Indian journal of veterinary science and animal husbandry - Volume 10,
Year: 1940
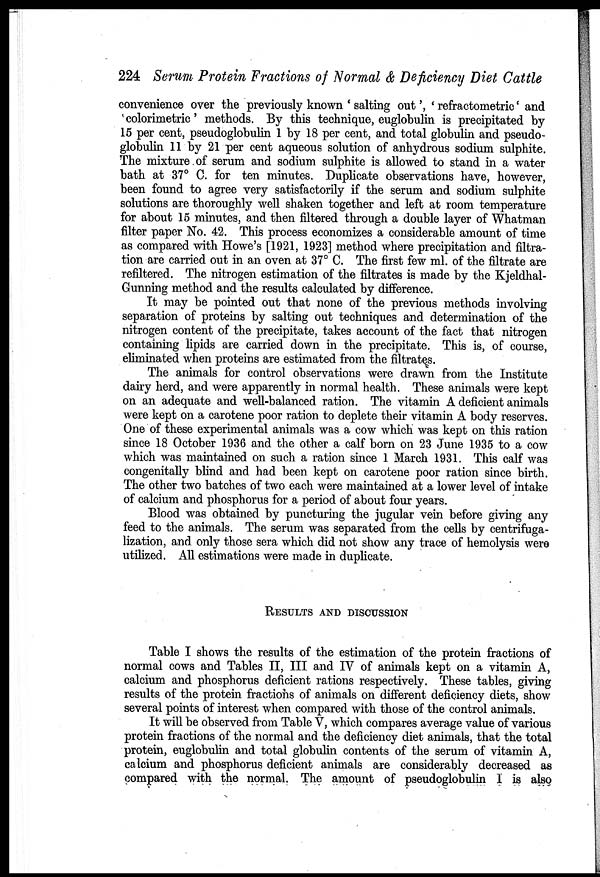
224 Serum Protein Fractions of Normal & Deficiency Diet Cattle
convenience over the previously known ' salting out', ' refractometric' and
colorimetric' methods. By this technique, euglobulin is precipitated by
15 per cent, pseudoglobulin 1 by 18 per cent, and total globulin and pseudo-
globulin 11 by 21 per cent aqueous solution of anhydrous sodium sulphite.
The mixture of serum and sodium sulphite is allowed to stand in a water
bath at 37° C. for ten minutes. Duplicate observations have, however,
been found to agree very satisfactorily if the serum and sodium sulphite
solutions are thoroughly well shaken together and left at room temperature
for about 15 minutes, and then filtered through a double layer of Whatman
filter paper No. 42. This process economizes a considerable amount of time
as compared with Howe's [1921, 1923] method where precipitation and filtra-
tion are carried out in an oven at 37° C. The first few ml. of the filtrate are
refiltered. The nitrogen estimation of the filtrates is made by the Kjeldhal¬
Gunning method and the results calculated by difference.
It may be pointed out that none of the previous methods involving
separation of proteins by salting out techniques and determination of the
nitrogen content of the precipitate, takes account of the fact that nitrogen
containing lipids are carried down in the precipitate. This is, of course,
eliminated when proteins are estimated from the filtrates.
The animals for control observations were drawn from the Institute
dairy herd, and were apparently in normal health. These animals were kept
on an adequate and well-balanced ration. The vitamin A deficient animals
were kept on a carotene poor ration to deplete their vitamin A body reserves.
One of these experimental animals was a cow which was kept on this ration
since 18 October 1936 and the other a calf born on 23 June 1935 to a cow
which was maintained on such a ration since 1 March 1931. This calf was
congenitally blind and had been kept on carotene poor ration since birth.
The other two batches of two each were maintained at a lower level of intake
of calcium and phosphorus for a period of about four years.
Blood was obtained by puncturing the jugular vein before giving any
feed to the animals. The serum was separated from the cells by centrifuga¬
lization, and only those sera which did not show any trace of hemolysis were
utilized. All estimations were made in duplicate.
RESULTS AND DISCUSSION
Table I shows the results of the estimation of the protein fractions of
normal cows and Tables II, III and IV of animals kept on a vitamin A,
calcium and phosphorus deficient rations respectively. These tables, giving
results of the protein fractions of animals on different deficiency diets, show
several points of interest when compared with those of the control animals.
It will be observed from Table V, which compares average value of various
protein fractions of the normal and the deficiency diet animals, that the total
protein, euglobulin and total globulin contents of the serum of vitamin A,
calcium and phosphorus deficient animals are considerably decreased as
compared with the normal. The amount of pseudoglobulin I is also